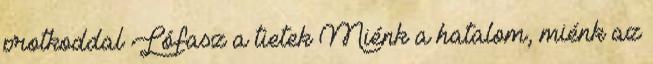
protkoddal Lófasz a tietek Miénk a hatalom, miénk az